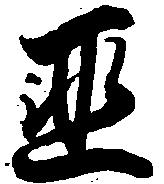
匪